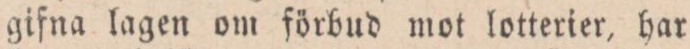
gifna lagen om förbud mot lotterier, har